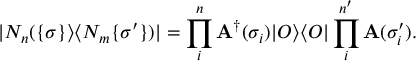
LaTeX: | N _ { n } ( \{ \sigma \} \rangle \langle N _ { m } \{ \sigma ^ { \prime } \} ) | = \prod _ { i } ^ { n } { \bf A } ^ { \dag } ( \sigma _ { i } ) | { \cal O } \rangle \langle { \cal O } | \prod _ { i } ^ { n ^ { \prime } } { \bf A } ( \sigma _ { i } ^ { \prime } ) .